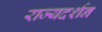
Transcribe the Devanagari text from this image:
राज्यदर्शन